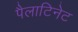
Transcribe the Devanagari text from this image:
पैलाटिनेट